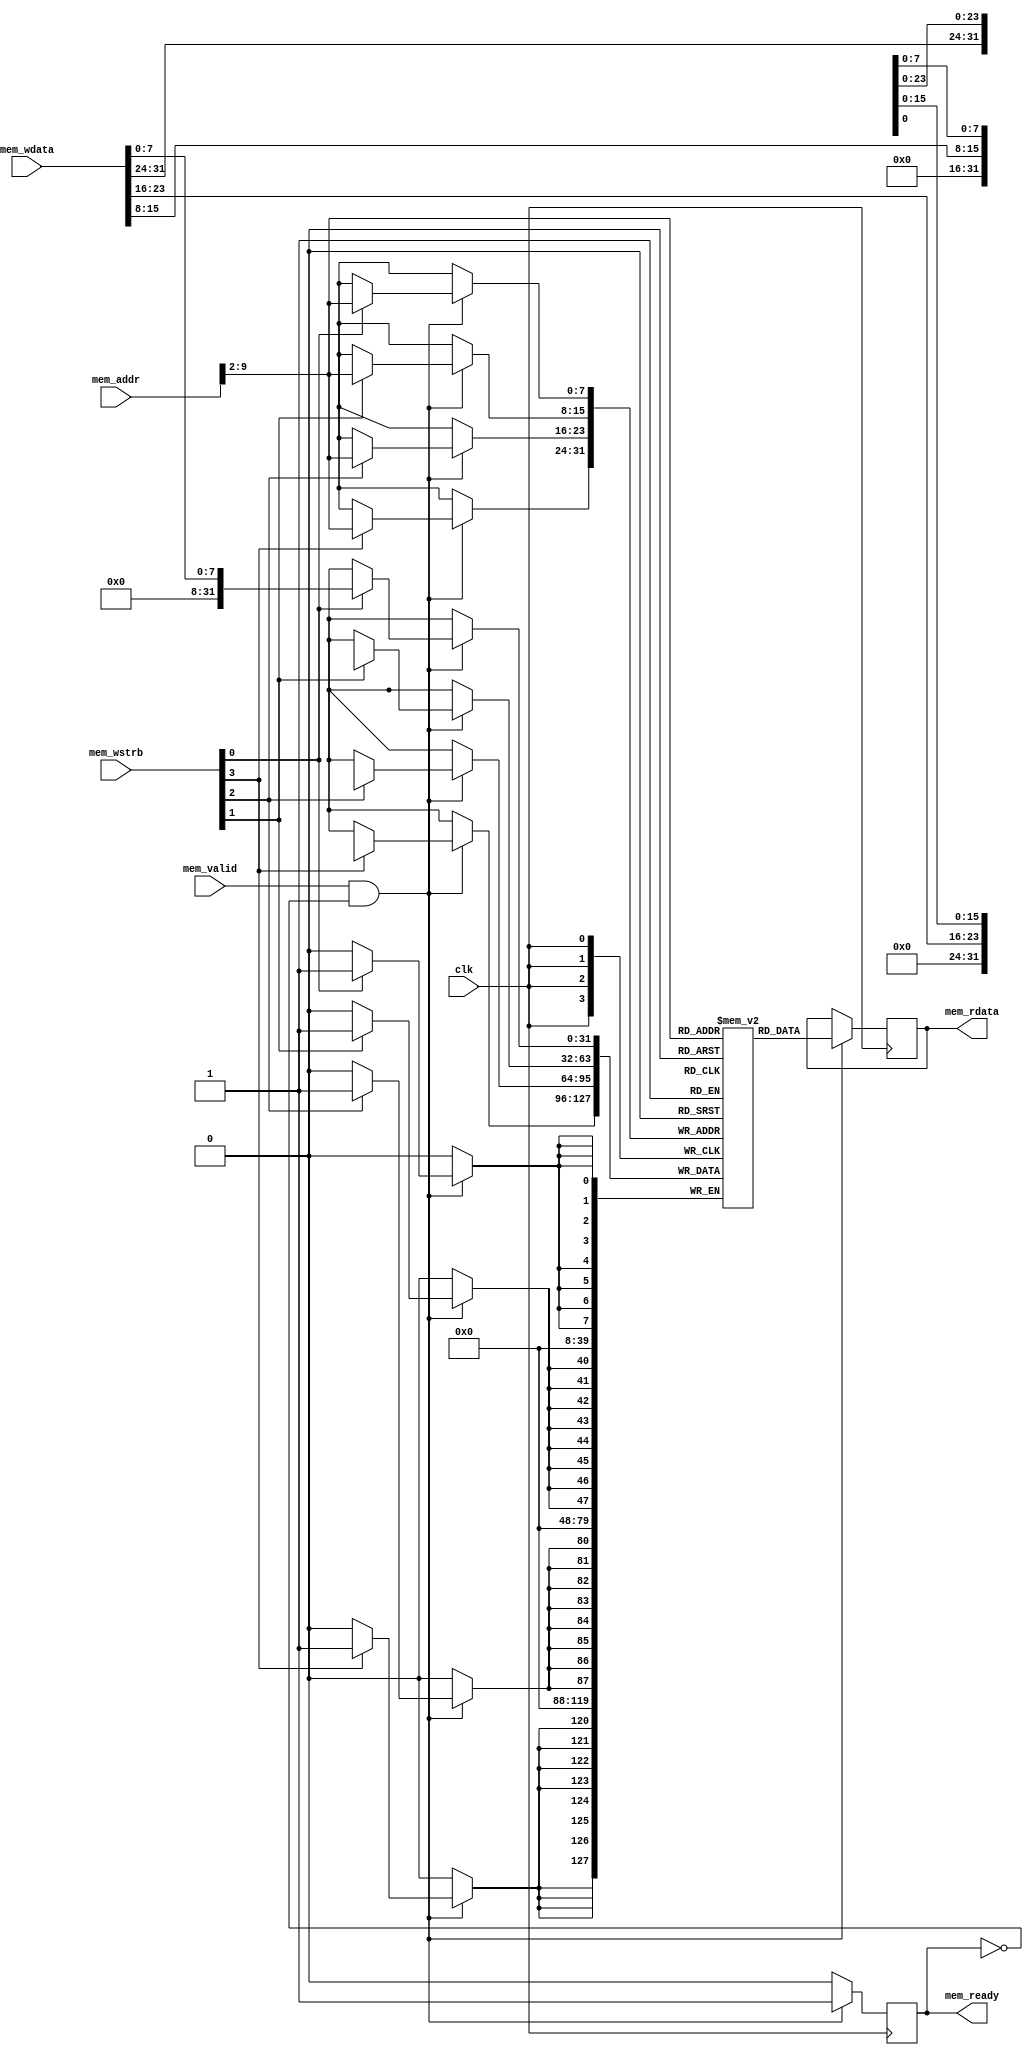
module ram (
    clk,
    mem_valid, mem_ready,
    mem_addr, mem_rdata,
    mem_wdata, mem_wstrb
);
    input clk;
    input mem_valid;
    output reg mem_ready;
    input [31:0] mem_addr;
    output reg [31:0] mem_rdata;
    input [31:0] mem_wdata;
    input [3:0] mem_wstrb;

    parameter DEPTH = 8;
    localparam WORDS = 1 << DEPTH;

    reg [31:0] memory [WORDS-1:0];
    integer i;

//    initial for(i = 0; i < WORDS; i = i + 1) memory[i] <= 32'h00000000;

    wire [DEPTH-1: 0] addr = mem_addr[DEPTH-1 + 2: 2];
    
    always @ (posedge clk) begin
        mem_ready <= 0;
        if(mem_valid && !mem_ready) begin
            mem_ready <= 1;
            mem_rdata <= memory[addr];
            if(mem_wstrb[0]) memory[addr][7:0] <= mem_wdata[7:0];
            if(mem_wstrb[1]) memory[addr][15:8] <= mem_wdata[15:8];
            if(mem_wstrb[2]) memory[addr][23:16] <= mem_wdata[23:16];
            if(mem_wstrb[3]) memory[addr][31:24] <= mem_wdata[31:24];
        end
    end
endmodule